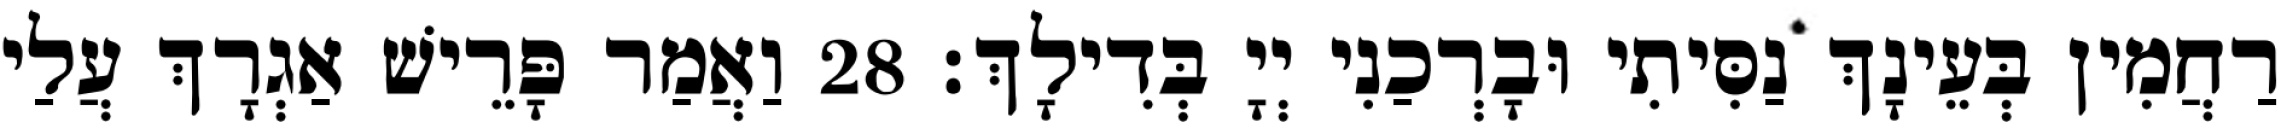
רַחֲמִין בְּעֵינָךְ נַסִּיתִי וּבָרְכַנִי יְיָ בְּדִילָךְ׃ 28 וַאֲמַר פָּרֵישׁ אַגְרָךְ עֲלַי